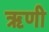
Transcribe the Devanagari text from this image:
ॠणी